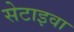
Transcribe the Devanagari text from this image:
सेटाइवा